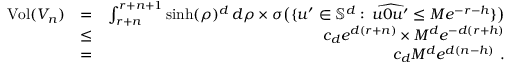
\begin{array} { r l r } { \mathrm { V o l } ( V _ { n } ) } & { = } & { \int _ { r + n } ^ { r + n + 1 } \sinh ( \rho ) ^ { d } \, d \rho \times \sigma \big ( \{ u ^ { \prime } \in \mathbb { S } ^ { d } : \, \widehat { u 0 u ^ { \prime } } \le M e ^ { - r - h } \} \big ) } \\ & { \leq } & { c _ { d } e ^ { d ( r + n ) } \times M ^ { d } e ^ { - d ( r + h ) } } \\ & { = } & { c _ { d } M ^ { d } e ^ { d ( n - h ) } ~ . } \end{array}